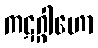
ကဋဂ္ဂါဟော